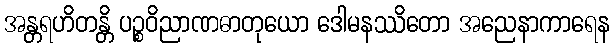
အန္တရဟိတန္တိ ပဉ္စဝိညာဏဓာတုယော ဒေါမနဿိတော အညေနာကာရေန